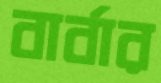
বার্বার